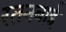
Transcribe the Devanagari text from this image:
रतनबाई